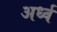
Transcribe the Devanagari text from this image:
अर्ध्व